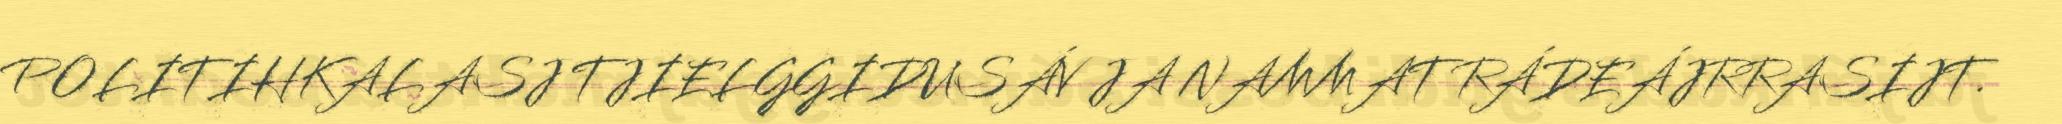
POLITIHKALASJ TJIELGGIDUSÁV JA NAMMAT RÁDEÁJRRASIJT.